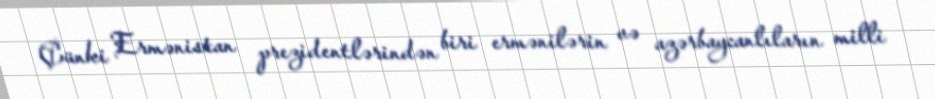
Çünki Ermənistan prezidentlərindən biri ermənilərin və azərbaycanlıların milli